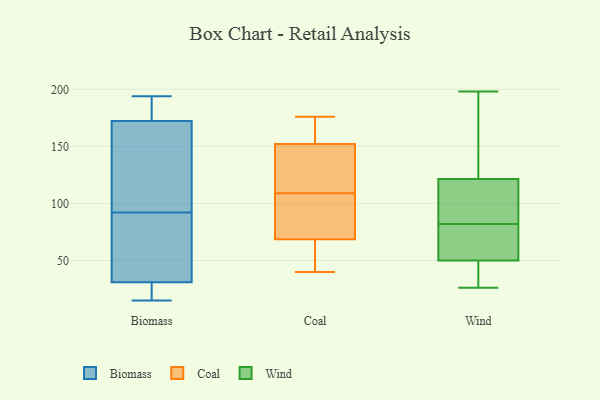
{"axis": {"x": "Headcount", "y": "Value"}, "legend": ["Biomass", "Coal", "Wind"], "data": [{"x": "", "y": 168, "type": "Biomass"}, {"x": "", "y": 90, "type": "Biomass"}, {"x": "", "y": 194, "type": "Biomass"}, {"x": "", "y": 121, "type": "Biomass"}, {"x": "", "y": 194, "type": "Biomass"}, {"x": "", "y": 185, "type": "Biomass"}, {"x": "", "y": 17, "type": "Biomass"}, {"x": "", "y": 22, "type": "Biomass"}, {"x": "", "y": 15, "type": "Biomass"}, {"x": "", "y": 92, "type": "Biomass"}, {"x": "", "y": 34, "type": "Biomass"}, {"x": "", "y": 131, "type": "Biomass"}, {"x": "", "y": 60, "type": "Biomass"}, {"x": "", "y": 146, "type": "Coal"}, {"x": "", "y": 70, "type": "Coal"}, {"x": "", "y": 123, "type": "Coal"}, {"x": "", "y": 109, "type": "Coal"}, {"x": "", "y": 175, "type": "Coal"}, {"x": "", "y": 68, "type": "Coal"}, {"x": "", "y": 154, "type": "Coal"}, {"x": "", "y": 40, "type": "Coal"}, {"x": "", "y": 176, "type": "Coal"}, {"x": "", "y": 64, "type": "Coal"}, {"x": "", "y": 100, "type": "Coal"}, {"x": "", "y": 32, "type": "Wind"}, {"x": "", "y": 32, "type": "Wind"}, {"x": "", "y": 75, "type": "Wind"}, {"x": "", "y": 44, "type": "Wind"}, {"x": "", "y": 26, "type": "Wind"}, {"x": "", "y": 170, "type": "Wind"}, {"x": "", "y": 74, "type": "Wind"}, {"x": "", "y": 58, "type": "Wind"}, {"x": "", "y": 56, "type": "Wind"}, {"x": "", "y": 91, "type": "Wind"}, {"x": "", "y": 198, "type": "Wind"}, {"x": "", "y": 99, "type": "Wind"}, {"x": "", "y": 89, "type": "Wind"}, {"x": "", "y": 27, "type": "Wind"}, {"x": "", "y": 113, "type": "Wind"}, {"x": "", "y": 70, "type": "Wind"}, {"x": "", "y": 130, "type": "Wind"}, {"x": "", "y": 112, "type": "Wind"}, {"x": "", "y": 149, "type": "Wind"}, {"x": "", "y": 160, "type": "Wind"}]}